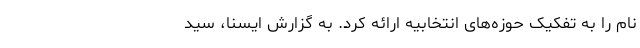
نام را به تفکیک حوزه‌های انتخابیه ارائه کرد. به گزارش ایسنا، سید